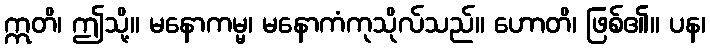
ဣတိ၊ ဤသို့။ မနောကမ္မ၊ မနောကံကုသိုလ်သည်။ ဟောတိ၊ ဖြစ်၏။ ပန၊